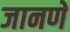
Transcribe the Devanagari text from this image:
जानणे